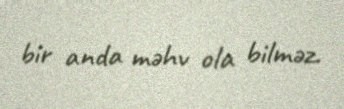
bir anda məhv ola bilməz.